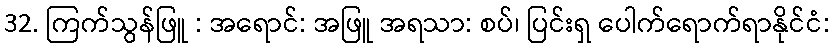
32. ကြက်သွန်ဖြူ : အရောင်: အဖြူ အရသာ: စပ်၊ ပြင်းရှ ပေါက်ရောက်ရာနိုင်ငံ: